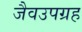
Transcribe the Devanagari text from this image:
जैवउपग्रह